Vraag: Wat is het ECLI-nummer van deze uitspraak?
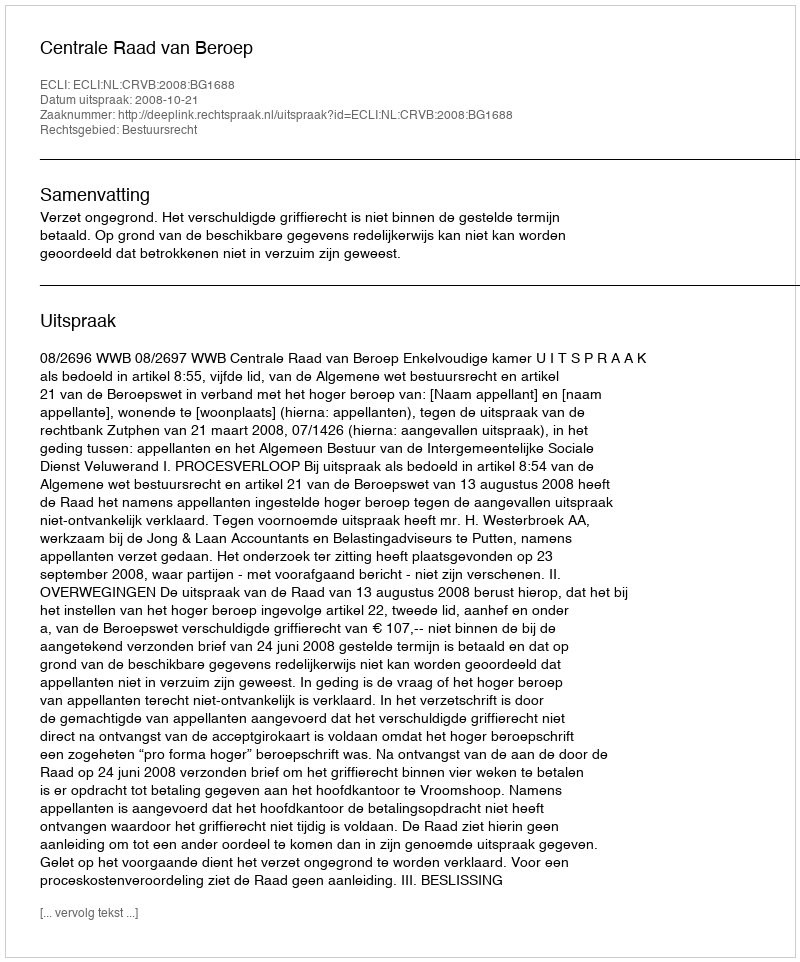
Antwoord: ECLI:NL:CRVB:2008:BG1688